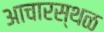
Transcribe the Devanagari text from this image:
आचारस्थळ